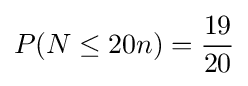
P(N\leq 20n)={\frac {19}{20}}